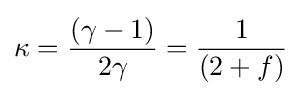
\kappa ={\frac {(\gamma -1)}{2\gamma }}={\frac {1}{(2+f)}}